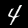
Label: 4